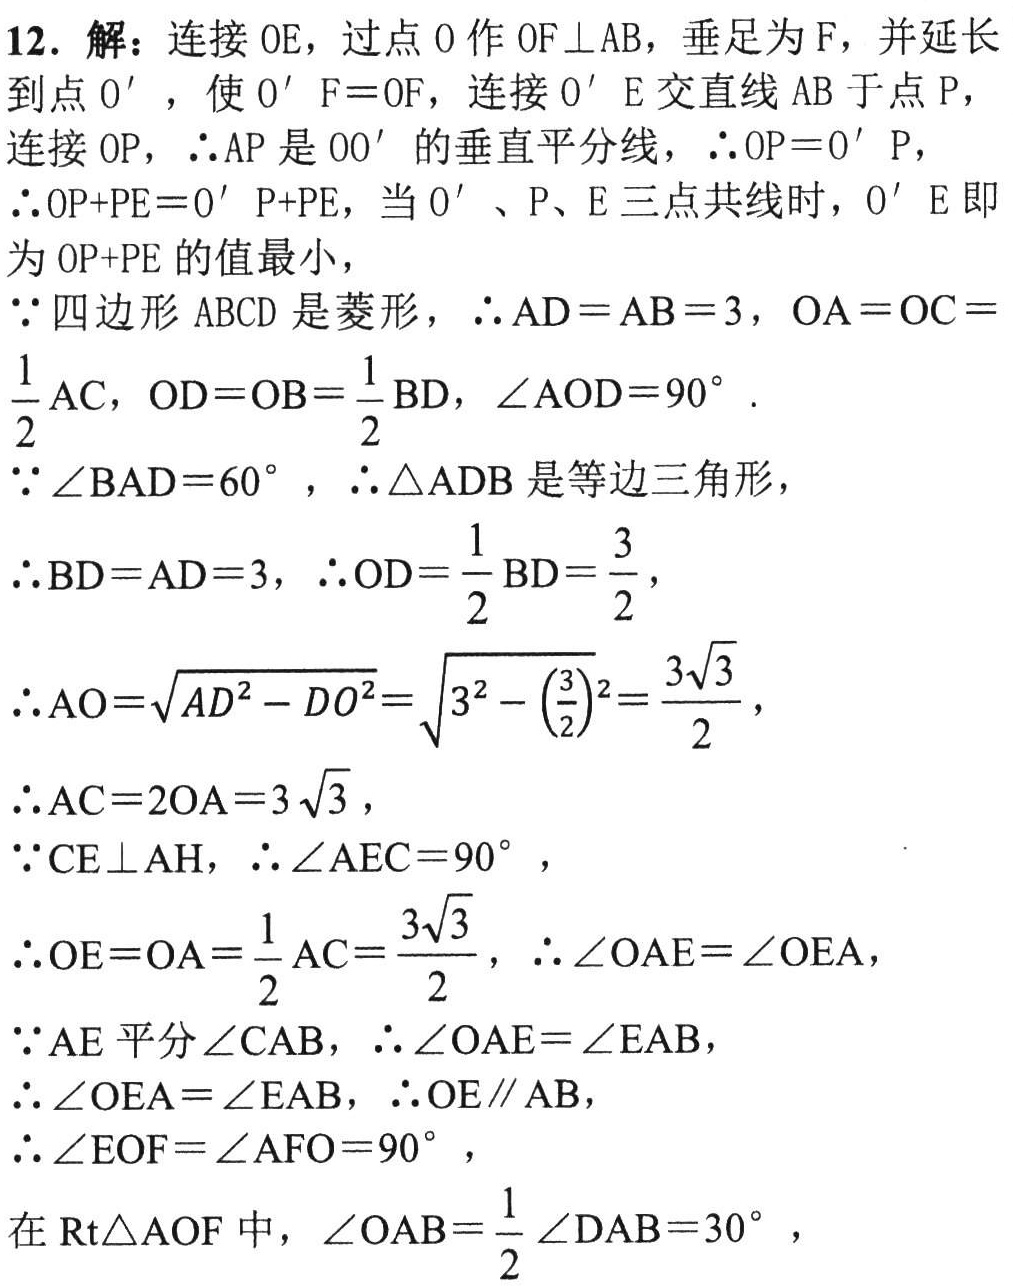
12. 解：连接 \(OE\)，过点 \(O\) 作 \(OF\perp AB\)，垂足为 \(F\)，并延长
到点 \(O'\) ，使 \(O'F = OF\)，连接 \(O'E\) 交直线 \(AB\) 于点 \(P\)，
连接 \(OP\)，\(\therefore AP\) 是 \(OO'\) 的垂直平分线，\(\therefore OP = O'P\)，
\(\therefore OP + PE=O'P + PE\)，当 \(O'\)、\(P\)、\(E\) 三点共线时，\(O'E\) 即
为 \(OP + PE\) 的值最小，
\(\because\) 四边形 \(ABCD\) 是菱形，\(\therefore AD = AB = 3\)，\(OA = OC=\)
\(\dfrac{1}{2}AC\)，\(OD = OB=\dfrac{1}{2}BD\)，\(\angle AOD = 90^{\circ}\).
\(\because\angle BAD = 60^{\circ}\)，\(\therefore\triangle ADB\) 是等边三角形，
\(\therefore BD = AD = 3\)，\(\therefore OD=\dfrac{1}{2}BD=\dfrac{3}{2}\)，
\(\therefore AO=\sqrt{AD^{2}-DO^{2}}=\sqrt{3^{2}-\left(\dfrac{3}{2}\right)^{2}}=\dfrac{3\sqrt{3}}{2}\)，
\(\therefore AC = 2OA = 3\sqrt{3}\)，
\(\because CE\perp AH\)，\(\therefore\angle AEC = 90^{\circ}\)，
\(\therefore OE = OA=\dfrac{1}{2}AC=\dfrac{3\sqrt{3}}{2}\)，\(\therefore\angle OAE=\angle OEA\)，
\(\because AE\) 平分\(\angle CAB\)，\(\therefore\angle OAE=\angle EAB\)，
\(\therefore\angle OEA=\angle EAB\)，\(\therefore OE\parallel AB\)，
\(\therefore\angle EOF=\angle AFO = 90^{\circ}\)，
在\(\mathrm{Rt}\triangle AOF\) 中，\(\angle OAB=\dfrac{1}{2}\angle DAB = 30^{\circ}\)，